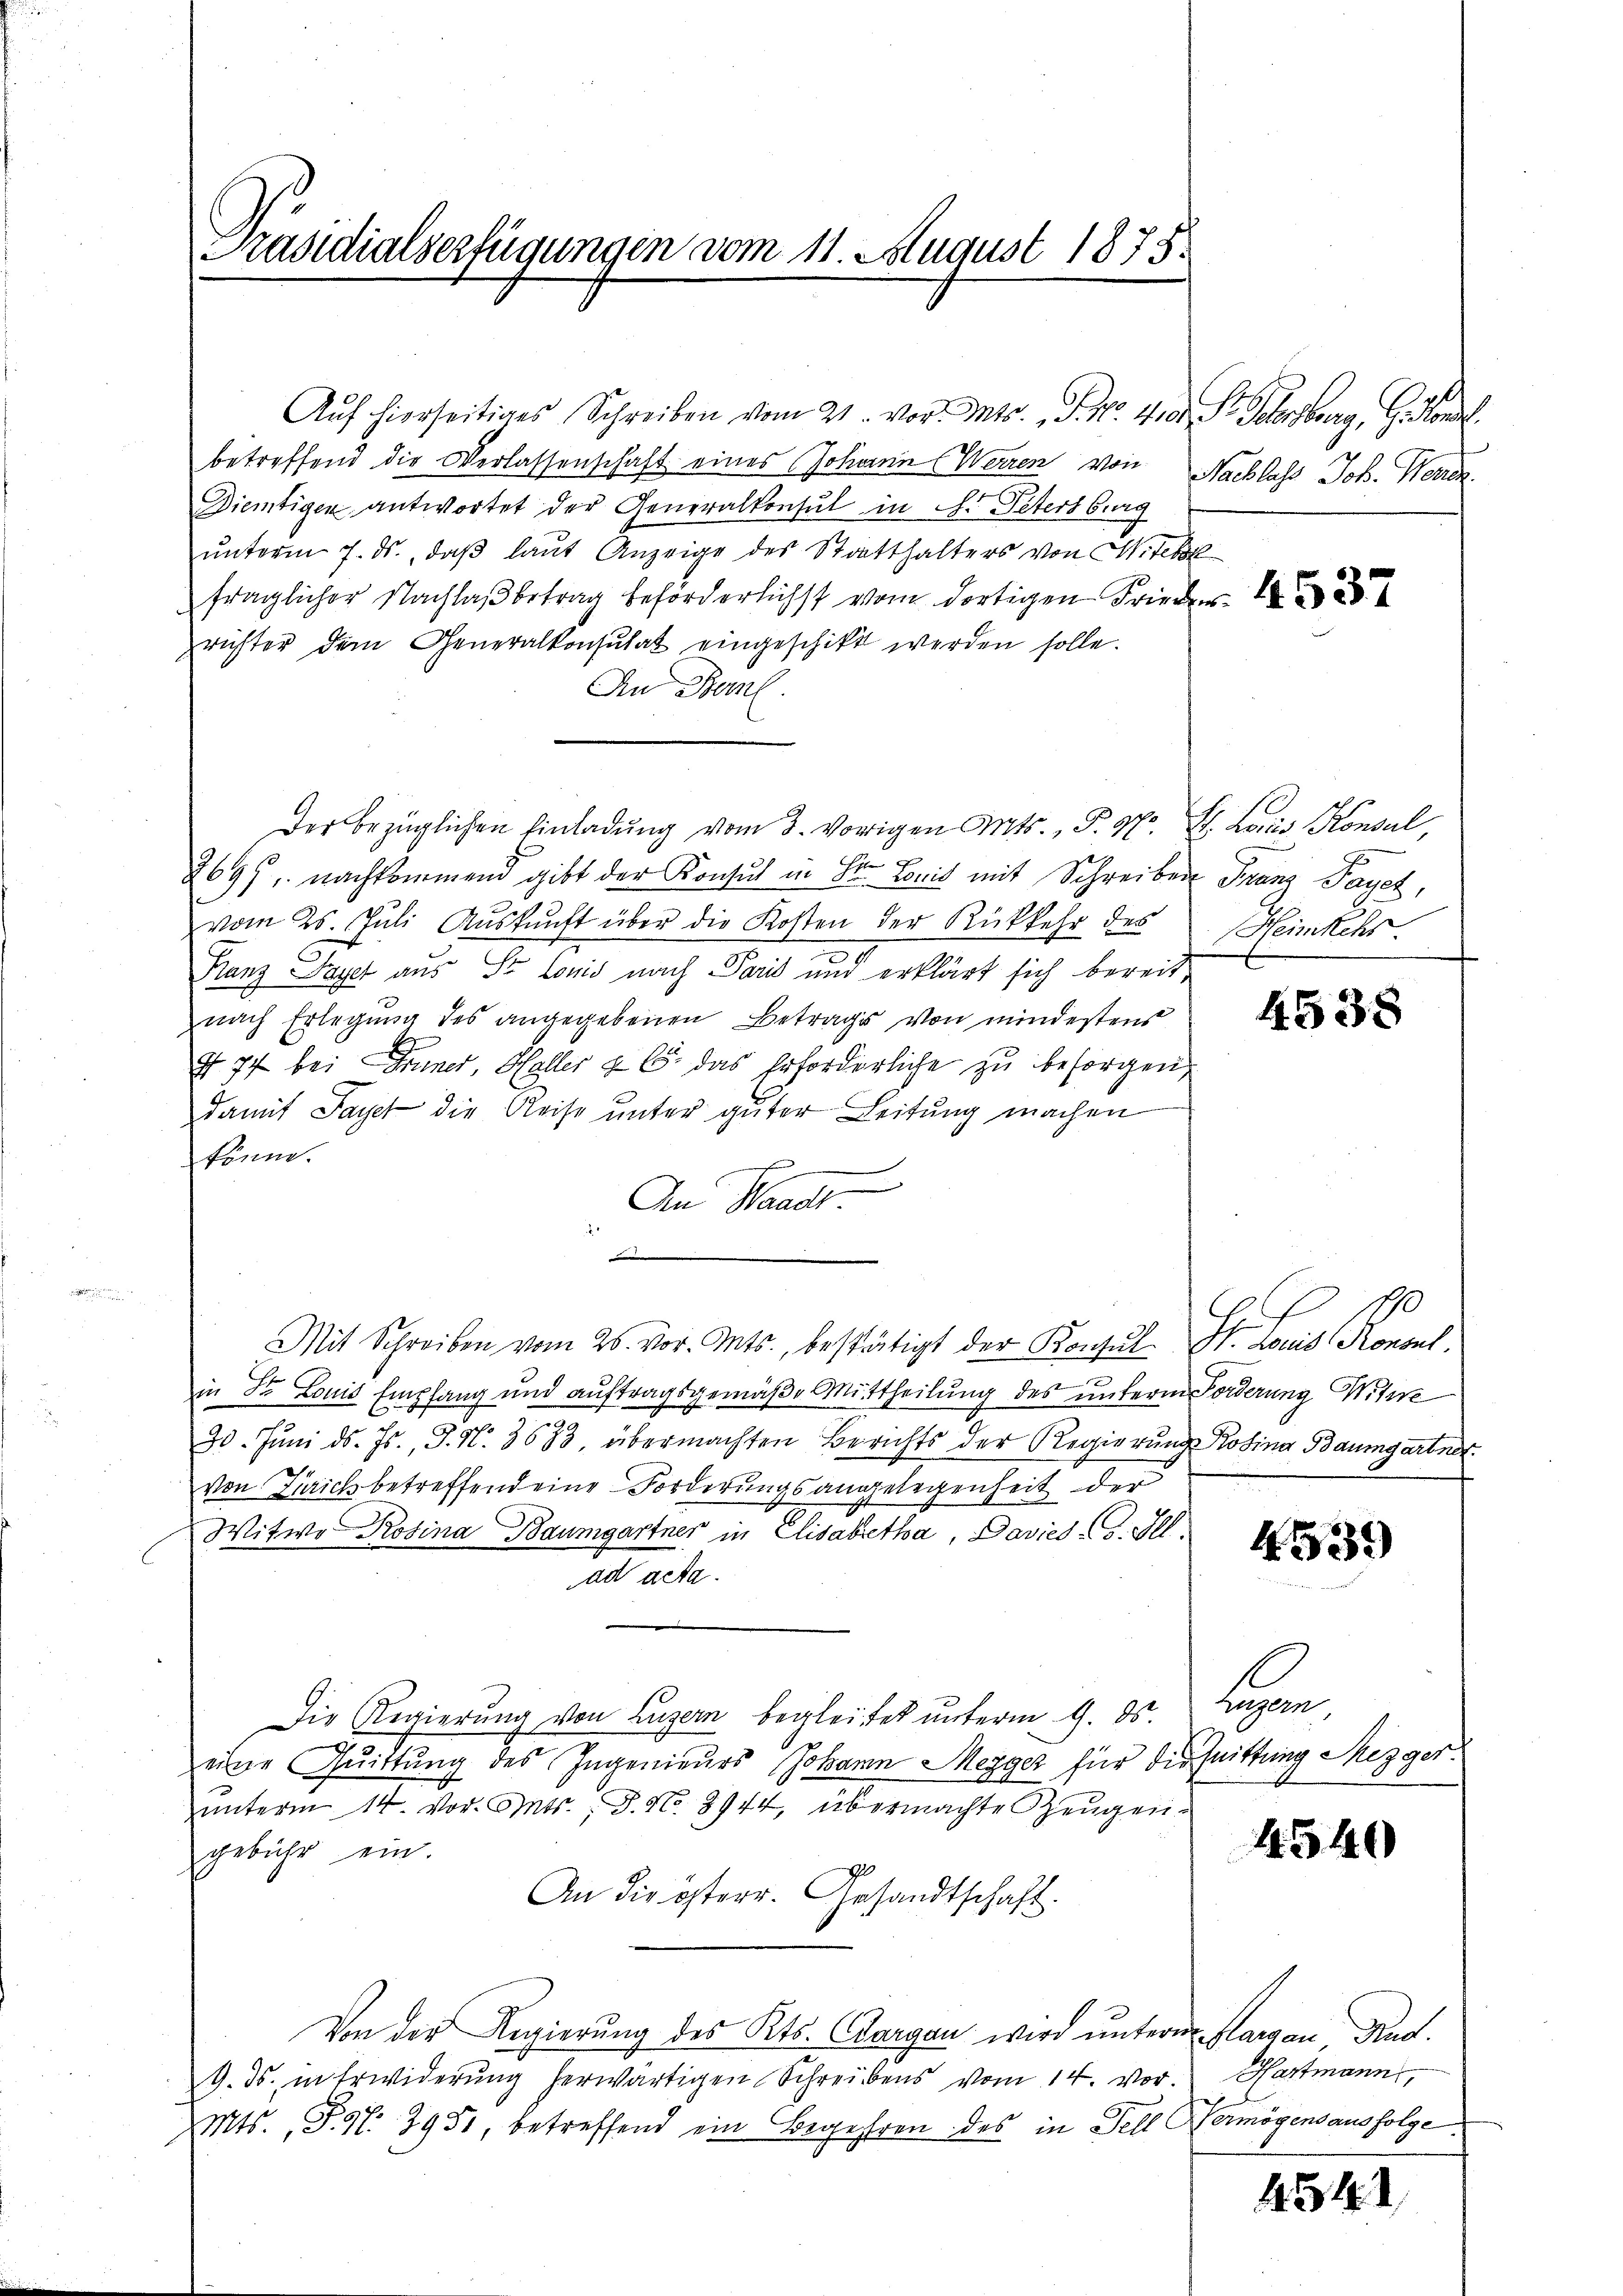
Präsidialserfügungen vom 11. August 1878

Auf hierseitiges Schreiben vom 21. vor. Mts. S. Nr. 410. Fr. Schenburg, G. Handl
betreffend die Verlassenschaft eines Johann Werren von
Diemtigen antwortet der Generalkonsul in C. Petersburg
ŭnterm 7. ds. daβ laŭt Anzeige des Statthalters von Mitche
fraglicher Nachlaß betrag beförderlichst vom dortigen Frieder
richter dem Generalkonsulat eingeschikt werden solle.
An Bern.
der bezüglichen Einladung vom 3. vorigen Mts., P. Nr. 2. Lois Konsul,
2697, nachkommend gibt der Konsul in St. Louis mit Schreiben Franz Payer,
vom 25. Jŭli Aŭskŭnft über die Kosten der Rückkehr des Heimkehr
Banz Payer aus St. Louis nach Paris und erklärt sich bereitnach Erlegung des angegebenen Betrags von mindestens
7 74 bei Inner, Heller & 6. das Erforderliche zu besorgen,
damit Fayet die Reise unter guter Leitung machen
könne.
An Waadt.
d
Mit Schreiben vom 26. vor. Mts., bestätigt der Konsul St. Louis Krononl.
in Dr Louis Empfang und auftragsgemäße Mittheilung des unterm Forderung Witwe
30. Jŭni d. Js., S. N. 3683, übermachten Berichts der Regierŭng Rosina Baumgartner.
von Laichbetreffend eine Forderungsangelegenheit der
Witwe Rosina Baumgartner in Elisabetha, Davies CG. Ill.
ad acta.
Die Regierung von Luzern begleichet unterm 9. ds.
eine Quittung des Ingenieurs Johann Mezger für die Quittung Mezger
ŭnterm 14. vor. Mts., S. No. 2944, übermachte Zeugen-
gebühr ein.
An die österr. Gesandtschaft.
Von der Regierung des Kts. Aargau wird unterm Sargau Rud.
9. ds. in Erwiderŭng herwärtigen Schreibens vom 14. vor. Hartmann,
Mts., P. Nr. 3951, betreffend ein Begehren des in Fell Vermögensausfolge

Nacblass Joh. Werck

4538

4539

En

4540

1542